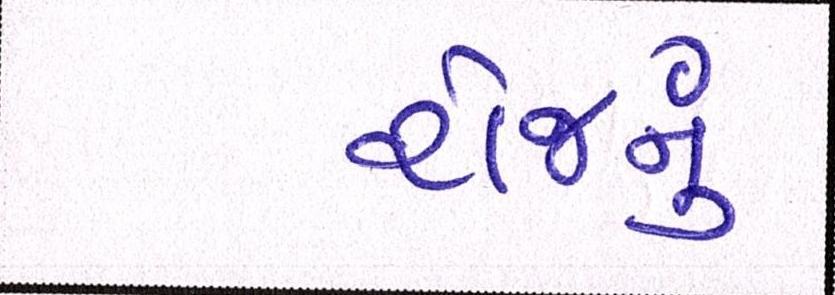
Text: રોજનું